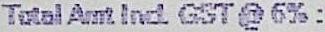
TOTAL AMT INCL GST @ 6% :